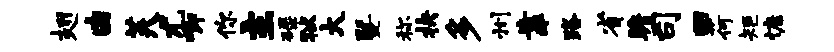
翅由芙尤唧你主碌狱大暨称抉多州靠路省瞻司回荷矩慷